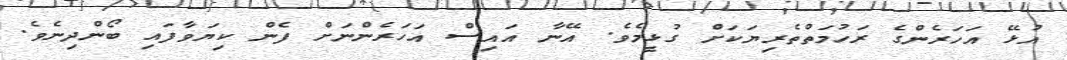
އުޅޭ އަހަރެންގެ ރަހުމަތްތެރިޔަކަށް ގުޅީމެވެ. އޭނާ އައިސް އަހަރެންނަށް ފެން ކިޔަވާފައި ބޯންދިނެވެ.